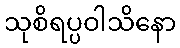
သုစိရပ္ပဝါသိနော